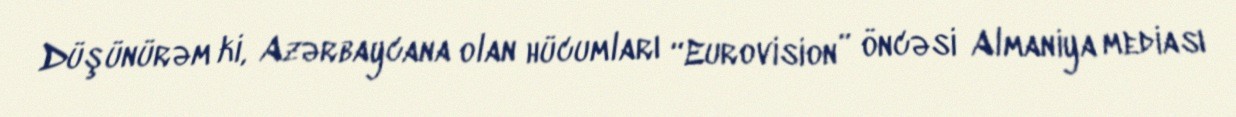
Düşünürəm ki, Azərbaycana olan hücumları “Eurovision” öncəsi Almaniya mediası